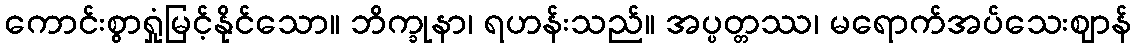
ကောင်းစွာရှုံမြင့်နိုင်သော။ ဘိက္ခုနာ၊ ရဟန်းသည်။ အပ္ပတ္တဿ၊ မရောက်အပ်သေးဈာန်